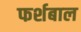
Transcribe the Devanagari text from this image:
फर्शबाल